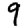
Digit: 9